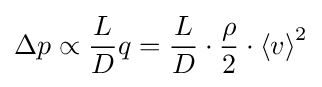
\Delta p\propto {\frac {L}{D}}q={\frac {L}{D}}\cdot {\frac {\rho }{2}}\cdot {\langle v\rangle }^{2}